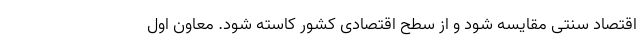
اقتصاد سنتی مقایسه شود و از سطح اقتصادی کشور کاسته شود. معاون اول